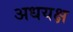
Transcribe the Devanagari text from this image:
अधयक्ष